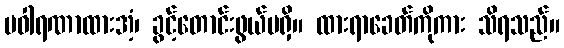
ပဝါရဏာထားအံ့၊ ခွင့်တောင်းဖွယ်မရှိ။ ထားရာခေတ်ကိုကား သိရသည်။